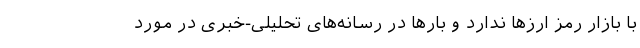
با بازار رمز ارزها ندارد و بارها در رسانه‌های تحلیلی-خبری در مورد